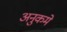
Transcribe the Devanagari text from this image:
अनुकमे